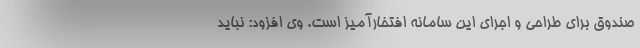
صندوق برای طراحی و اجرای این سامانه افتخارآمیز است. وی افزود: نباید